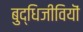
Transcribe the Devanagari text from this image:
बुद्धिजीवियॊं